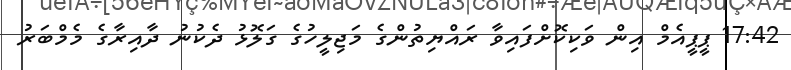
17:42 ޕީޕީއެމް އިން ވަކިކޮށްފައިވާ ރައްޔިތުންގެ މަޖިލީހުގެ ގަލޮޅު ދެކުނު ދާއިރާގެ މެމްބަރު